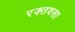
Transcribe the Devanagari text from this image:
रक्तवसा